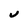
Character: V